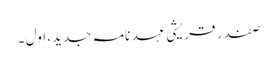
صفدر قریشی عہد نامہ جدید، اول ۔